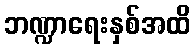
ဘဏ္ဍာရေးနှစ်အထိ